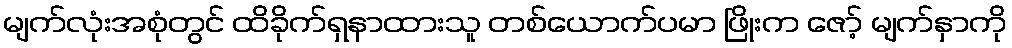
မျက်လုံးအစုံတွင် ထိခိုက်ရှနာထားသူ တစ်ယောက်ပမာ ဖြိုးက ဇော့် မျက်နှာကို